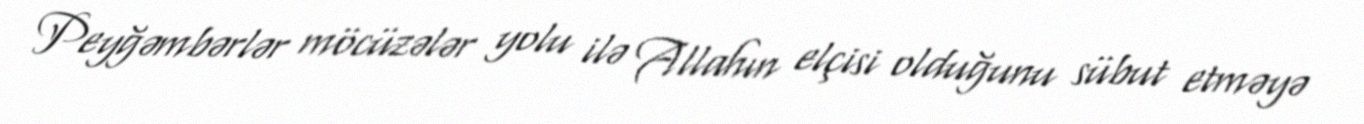
Peyğəmbərlər möcüzələr yolu ilə Allahın elçisi olduğunu sübut etməyə